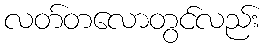
လတ်တလောတွင်လည်း